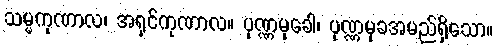
သမ္မကုဏာလ၊ အရှင်ကုဏာလ။ ပုဏ္ဏမုခေါ၊ ပုဏ္ဏမုခအမည်ရှိသော။